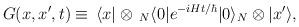
LaTeX: \begin{align*}G(x,x',t) \equiv \, \langle x| \otimes\, _N\langle 0| e^{-iHt/\hbar} |0 \rangle_N \otimes |x' \rangle , \end{align*}